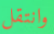
وانتقل